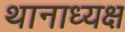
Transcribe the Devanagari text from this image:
थानाध्यक्ष